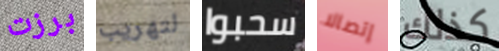
برزت لتهريب سحبوا إتصالا كذلك